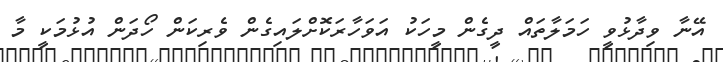
އޭނާ ވިދާޅުވީ ހަމަލާތައް ދީގެން މީހަކު އަވަހާރަކޮށްލައިގެން ވެރިކަން ހޯދަން އުޅުމަކީ މާ